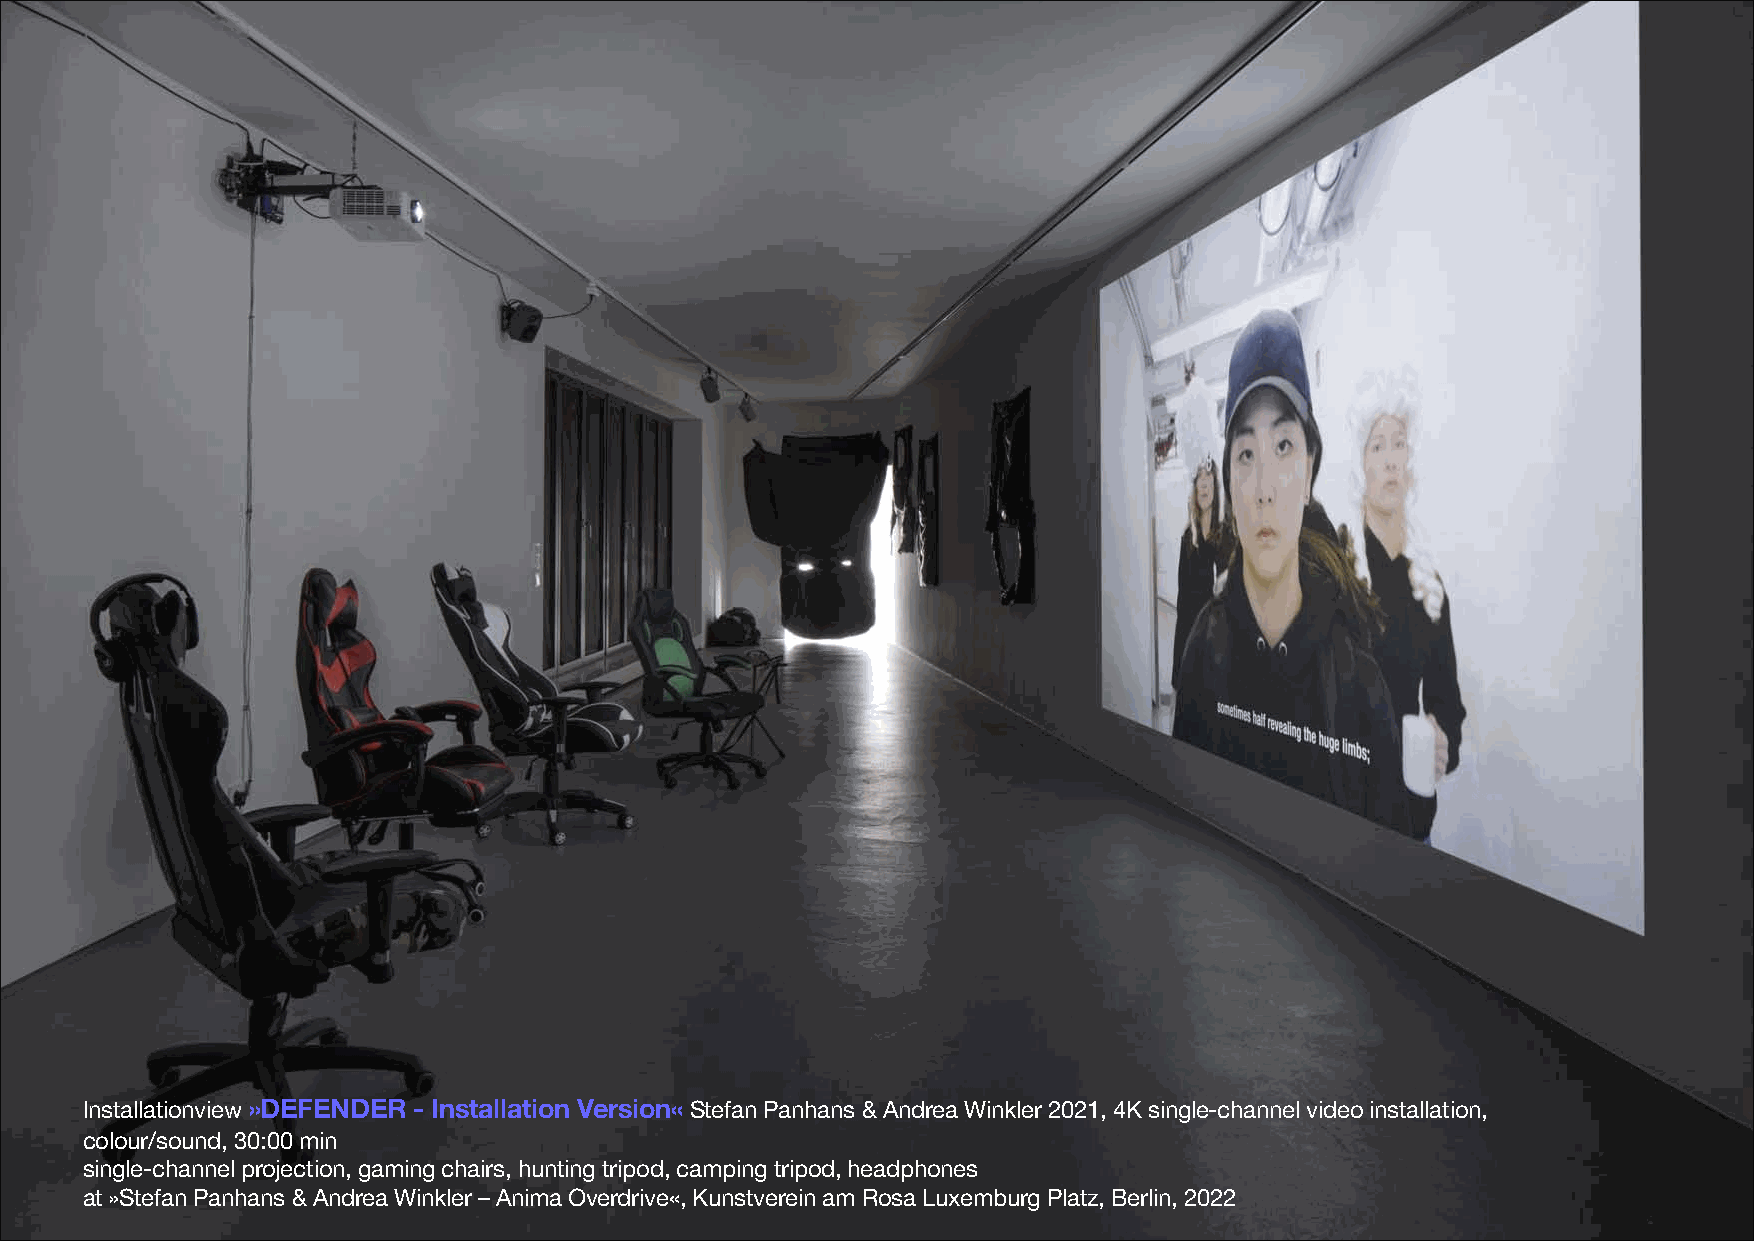
Installationview »DEFENDER - Installation Version« Stefan Panhans & Andrea Winkler 2021, 4K single-channel video installation,
 colour/sound, 30:00 min
 single-channel projection, gaming chairs, hunting tripod, camping tripod, headphones
 at »Stefan Panhans & Andrea Winkler –Anima Overdrive«, Kunstverein am Rosa Luxemburg Platz, Berlin, 2022